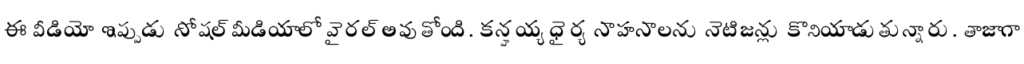
ఈ వీడియో ఇప్పుడు సోషల్ మీడియాలో వైరల్ అవుతోంది. కన్హయ్య ధైర్య సాహసాలను నెటిజన్లు కొనియాడుతున్నారు. తాజాగా